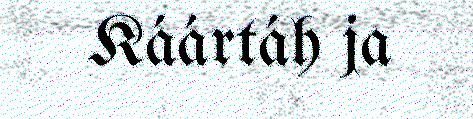
Káártáh ja